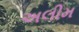
અલીમ